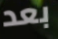
بعد